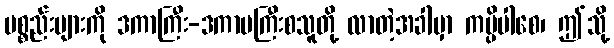
ပစ္စည်းများကို ဒကာကြီး-ဒကာမကြီးစသူတို့ လာတဲ့အခါမှာ ကပ္ပိပါစေ၊ ဤသို့